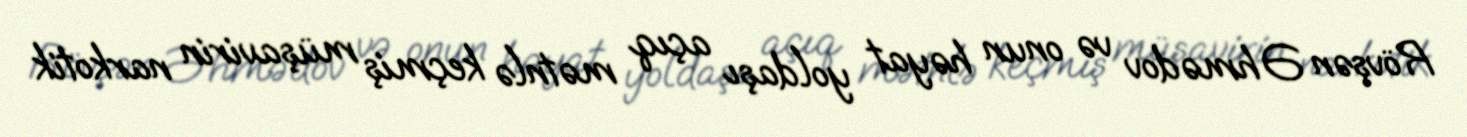
Rövşən Əhmədov və onun həyat yoldaşı açıq mətnlə keçmiş müşavirin narkotik